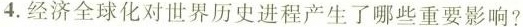
4.经济全球化对世界历史进程产生了哪些重要影响?